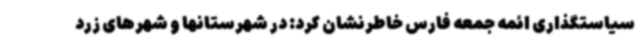
سیاستگذاری ائمه جمعه فارس خاطرنشان کرد: در شهرستانها و شهرهای زرد